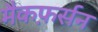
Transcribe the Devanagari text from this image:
मैकफ़र्सन